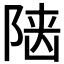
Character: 𨺞